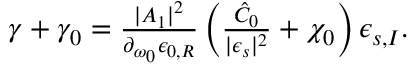
\begin{array} { r } { \gamma + \gamma _ { 0 } = \frac { \lvert A _ { 1 } \rvert ^ { 2 } } { \partial _ { \omega _ { 0 } } \epsilon _ { 0 , R } } \left( \frac { \hat { C } _ { 0 } } { \lvert \epsilon _ { s } \rvert ^ { 2 } } + \chi _ { 0 } \right) \epsilon _ { s , I } . } \end{array}